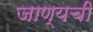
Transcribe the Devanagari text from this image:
जाण्यची